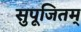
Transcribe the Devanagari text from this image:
सुपूजितम्